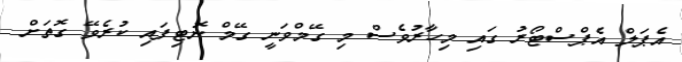
އެޕަލް އެޕްސްޓޯރު ގައި މިހާރުވެސް މި ގޭމްވަނީ ގޭމް ނޮޓިފައި ކުރެވޭ ގޮތަށް